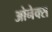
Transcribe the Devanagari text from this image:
ओनेक्स